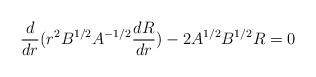
LaTeX: \begin{align*}\frac{d}{dr}(r^{2}B^{1/2}A^{-1/2} \frac{dR}{dr})-2A^{1/2}B^{1/2}R=0\end{align*}